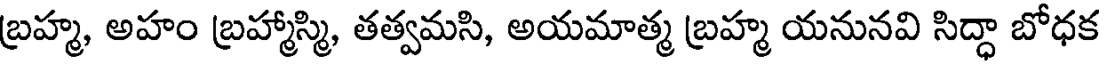
బ్రహ్మ, అహం బ్రహ్మాస్మి, తత్వమసి, అయమాత్మ బ్రహ్మ యనునవి సిద్ధా బోధక